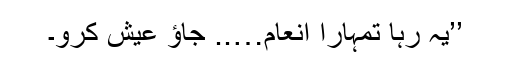
’’یہ رہا تمہارا انعام….. جاؤ عیش کرو۔